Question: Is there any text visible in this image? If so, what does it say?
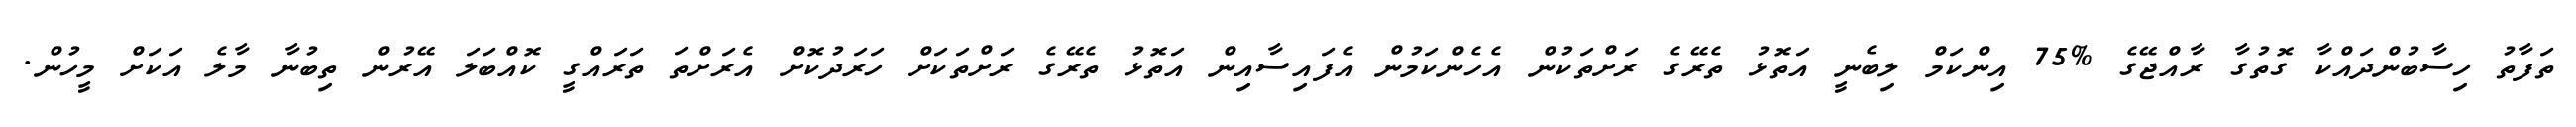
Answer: ތަފާތު ހިސާބުންދައްކާ ގޮތުގާ ރާއްޖޭގެ %75 އިންކަމް ލިބެނީ އަތޮޅު ތެރޭގެ ރަށްތަކުން އެހެންކަމުން އެފައިސާއިން އަތޮޅު ތެރޭގެ ރަށްތަކަށް ހަރަދުކޮށް އެރަށްތަ ތަރައްގީ ކޮއްބަލަ އޭރުން ތިބުނާ މާލެ އަކަށް މީހުން.